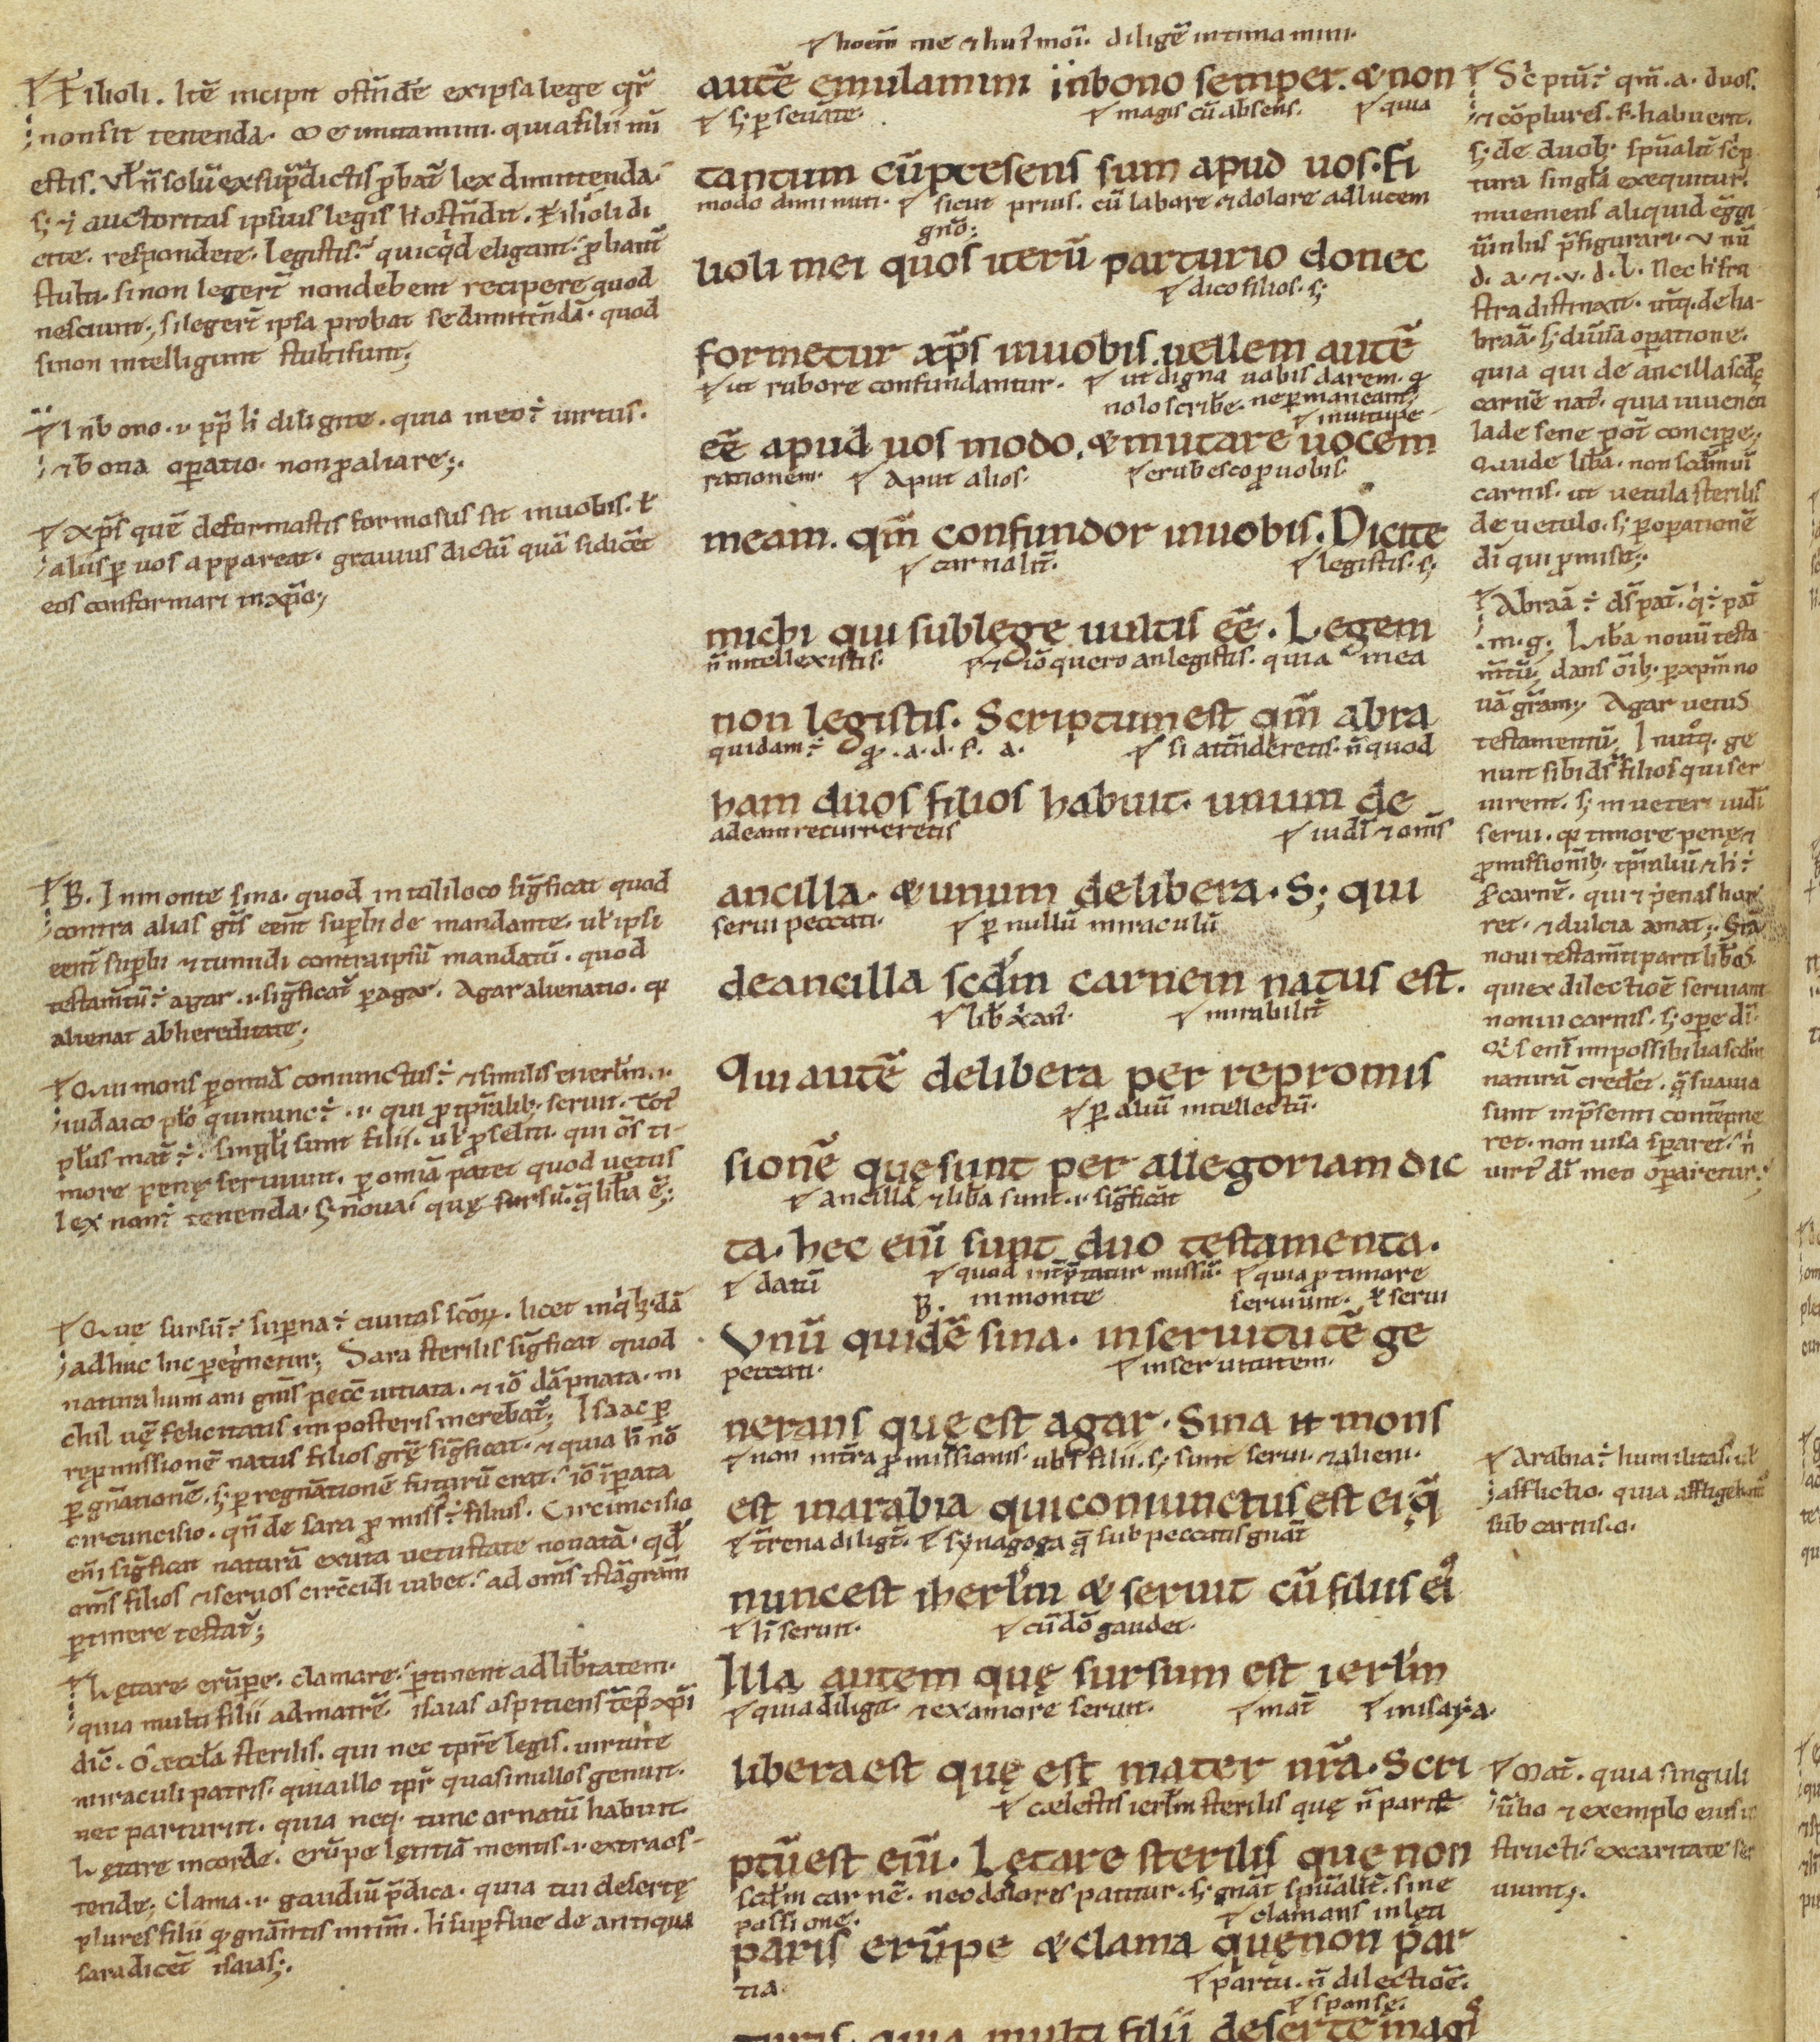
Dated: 1100–1199